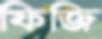
ফিজি